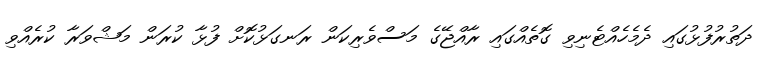
ދަތުރުފުޅުގައި ދެމެހެއްޓެނިވި ގޮތެއްގައި ރާއްޖޭގެ މަސްވެރިކަން ރަނގަޅުކޮށް ފުޅާ ކުރަން މަޝްވަރާ ކުރެއްވި